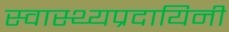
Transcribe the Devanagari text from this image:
स्वास्थ्यप्रदायिनी